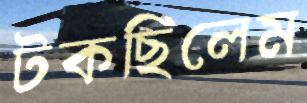
টকছিলেম